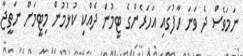
ނަމަވެސް ދެ ވަނަ ހާފުގައި އަހަރެންގެ ޓީމުން ދެއްކި ކުޅުމުން މިޓީމަށް ނަތީޖާ